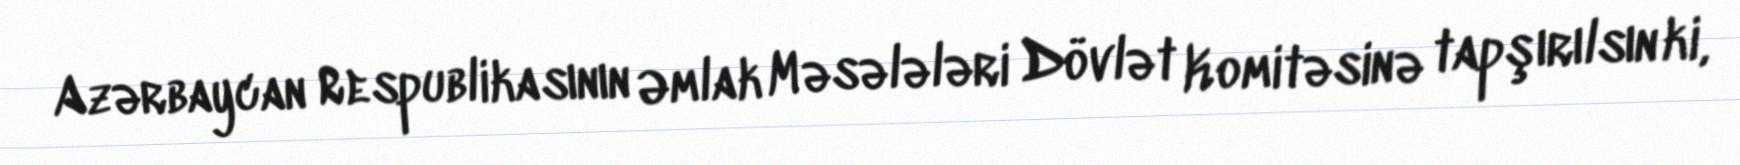
Azərbaycan Respublikasının Əmlak Məsələləri Dövlət Komitəsinə tapşırılsın ki,